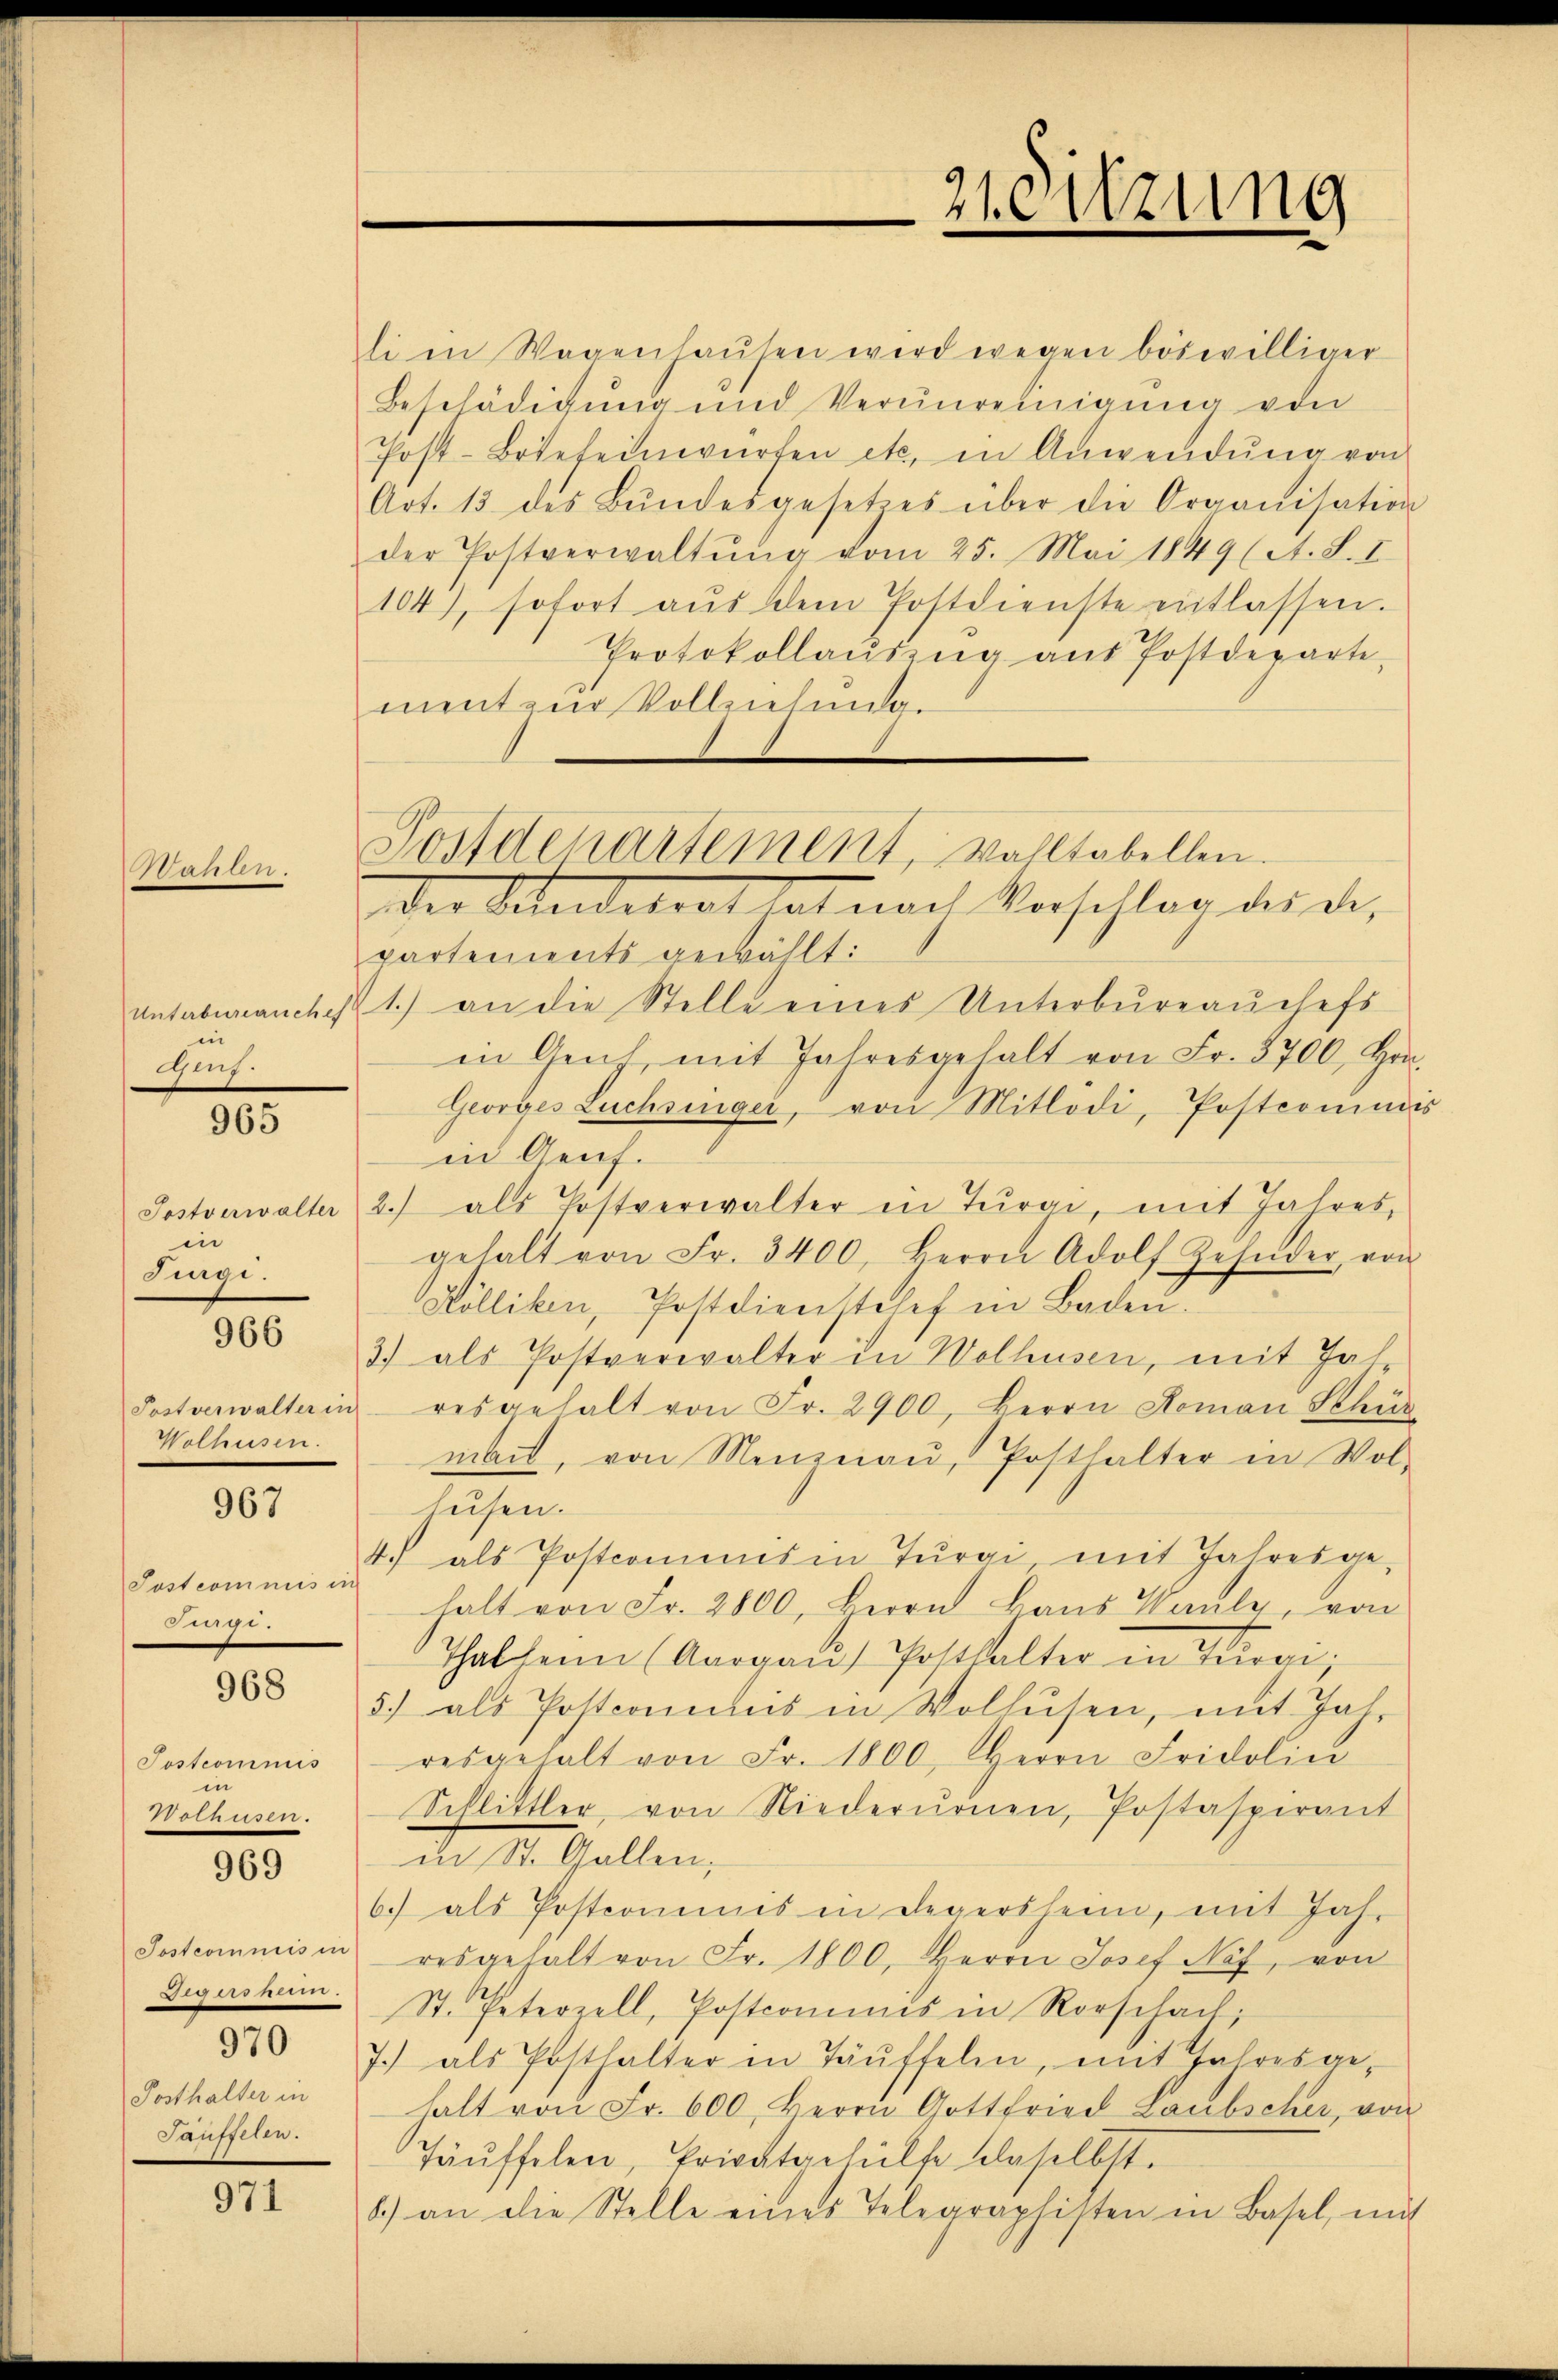
anon

Unterbureauches
in
u

965

Tostverwalter
in
Jugi.

966

Postverwalter in
Wolhusen.

967

Jost commis in
.

968

Jostcommis
in
233 53

969

970

Posthalter in
Taufsehen.

971

.

21. Sitzung

li in Wegenhausen wird wegen böswilliger
Beschädigung und Verunreinigung von
Post-Briefeinwürfen etc. in Anwendŭng von
Art. 13. des Bŭndesgesetzes über die Organisation
der Postverwaltŭng vom 25. Mai 1849 (A. S. I
104), sofort aŭs dem Postdienste entlassen.
Protokollauszug aus Postdeparte
mentend Vollziehend
der Kindetrat hat nach Vorschlag des des
partements gewählt:
1.) an die Stelle eines Unterbüreaŭchefs
in Gent, mit Jahresgehalt von Fr. 3700, Hrn.
Georges Luchsinger, von Mitlodi, Postcommis
in Genf.
2.) als Postverwalter in Tŭrgi, mit Jahres,
gehalt von Fr. 3400. Herrn Adolf Zehnder, von
Köllikon, Postdienstosef in Baden.
3) als Postverwalter in Wolhusen, mit Jahr
resgehalt von Fr. 2900, Herrn Doman Schür
mant, von Menznau, Posthalter in Wolhusen.
4.) als Postcommnisen Türgi mit Jahresge-
halt von Fr. 2800, Herrn Baus Pauly, von
Thalheim (Aargaŭ) Posthalter in Provi
5.) als Postconius in Wolhusen, mit Jahresgehalt von Fr. 1800. Herrn Fridolin
Schlittler von Niederurnen, Postaspirant
in St. Gallen,
6.) als Postcommis in Legersheim, mit Jah-
Postcommisin resgehalt von Fr. 1800. Herrn Josef Näf, von
Degushum. St. Peterzell, Postcommis in Rorschach,
7.) als Posthalter in Täuffeln, mit Jahresge-
halt von Fr. 600. Herrn Gottfried Laubscher, von
Täuffelen, Privatgehülfe daselbst.
8.) an die Stelle eines Telegraphisten in Basel, mit

Postdepartement, wolltabellen.